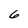
Character: 6